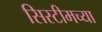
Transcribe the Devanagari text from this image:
सिस्टीमच्या